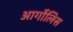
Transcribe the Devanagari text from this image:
आर्गोलिस